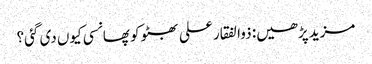
مزید پڑھیں: ذوالفقار علی بھٹو کو پھانسی کیوں‌ دی گئی؟